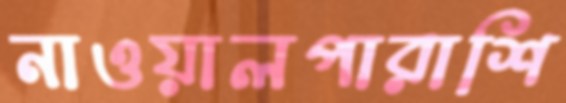
নাওয়ালপারাশি